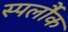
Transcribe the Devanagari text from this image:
स्पर्लौक